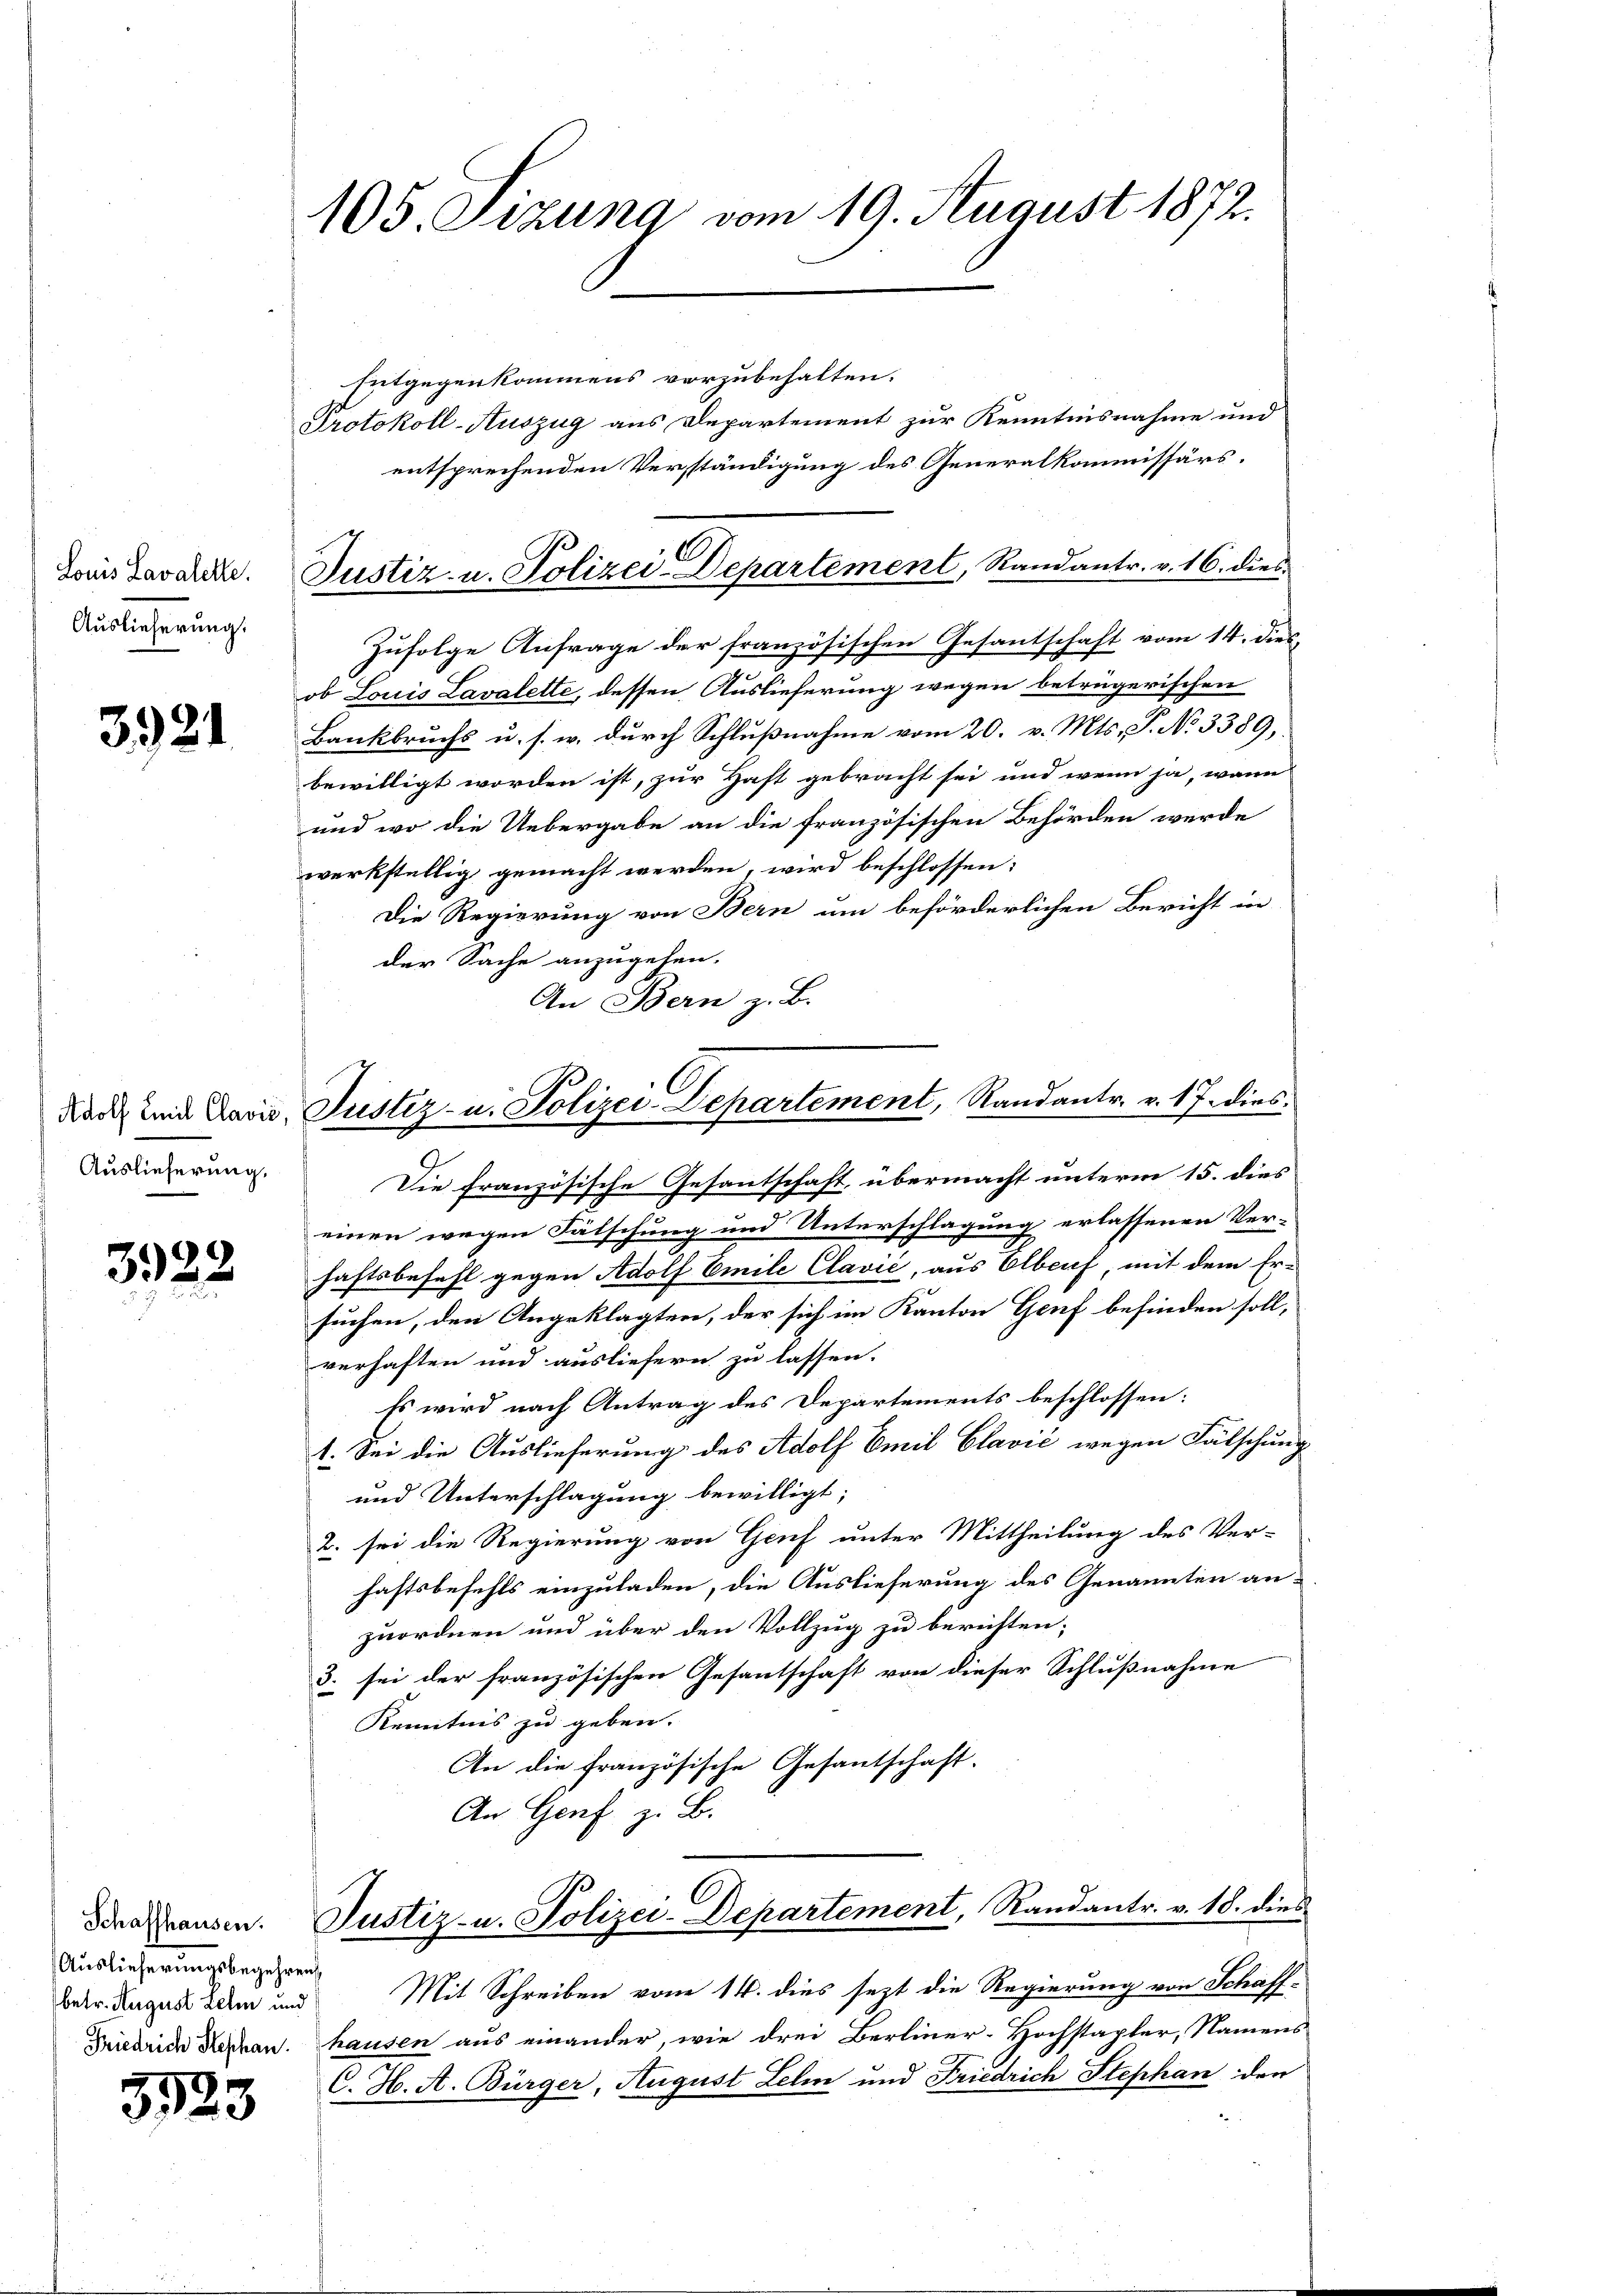
Louis Lavalette.
Auslieferung:

3921

Auslieferung.

322

Auslieferungsbegehren
betr. August Lehm und
Friedrich Stephan.

3523

Entgegenkommens vorzubehalten.
Protokoll-Auszug aus Departement zur Kenntnisnahme und
entsprechenden Verständigung des Generalkommissärs.
Zufolge Anfrage der französischen Gesantschaft vom 14. diesob Louis Lavalette, dessen Auslieferung wegen betrügerischen
Bankbruchs u. s. w. durch Schlußnahme vom 20. v. Mts. P. No 3389,
bewilligt worden ist, zur Haft gebracht sei und wenn ja, wann
und wo die Uebergabe an die französischen Behörden werde
werkstellig gemacht werden, wird beschlossen:
Die Regierung von Bern um beförderlichen Bericht in
der Sache anzugehen.
An Bern z. B.
dar und Lavis Justiz- u. Polizei-Departement, Randantr. v. 17. dies
Die französische Gesantschaft, übermacht unterm 15. dies
einen wegen Fälschung und Unterschlagung erlassenen Ver-
haftsbefehl gegen Adolf Emile Clavić, aus Elberf, mit dem Er-
2
suchen, den Angeklagten, der sich im Kanton Genf befinden soll,
verhaften und ausliefern zu lassen.
Es wird nach Antrag des Departements beschlossen:
1. Sei die Auslieferung des Adolf Emil Clavić wegen Fälschung
und Unterschlagung bewilligt;
2. sei die Regierung von Genf unter Mittheilung des Ver-
haftsbefehls einzuladen, die Auslieferung des Genannten anzuordnen und über den Vollzug zu berichten;
3. sei der französischen Gesantschaft von dieser Schlußnahme
Kenntnis zu geben.
An die französische Gesantschaft.
An Genf z. B.

105. Sizung vom 19. August 1872.

A
Justiz- u. Polizei-Departement, Randantr. v. 16. dies

Die Grausen. Justiz- u. Polizei-Departement, Randantr. v. 18. dies

e
Mit Schreiben vom 14. dies jezt die Regierung von Schaff-
hausen aus einander, wie drei Berliner-Hochstapter, Namens
C. H. A. Bürger, August Lehm und Friedrich Stephan den